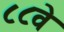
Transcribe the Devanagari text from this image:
८८वे